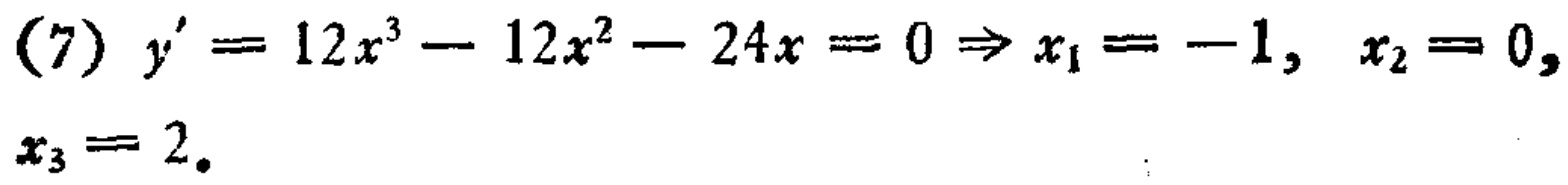
(7) \(y' = 12x^{3}-12x^{2}-24x = 0\Rightarrow x_{1}=-1, x_{2}=0, x_{3}=2\).